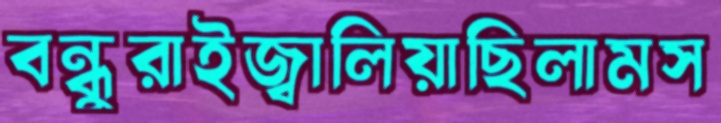
বন্ধুরাইজ্বালিয়াছিলামস